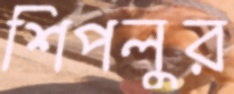
শিপলুর